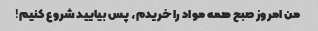
من امروز صبح همه مواد را خریدم، پس بیایید شروع کنیم!